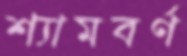
শ্যামবর্ণ